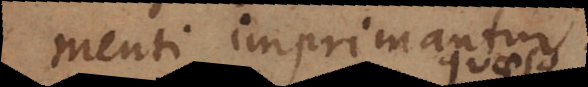
menti imprimantur.